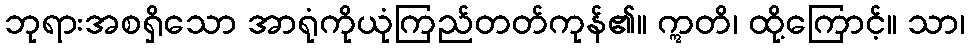
ဘုရားအစရှိသော အာရုံကိုယုံကြည်တတ်ကုန်၏။ ဣတိ၊ ထို့ကြောင့်။ သာ၊